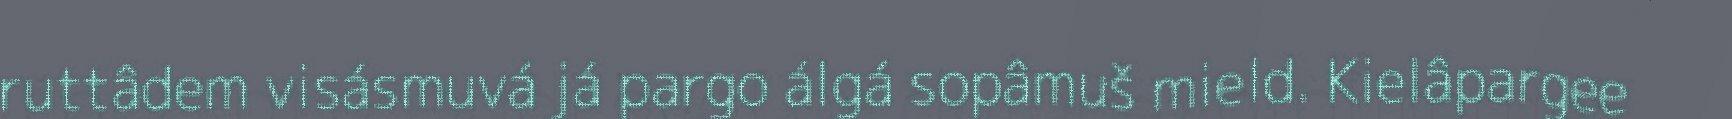
ruttâdem visásmuvá já pargo álgá sopâmuš mield. Kielâpargee